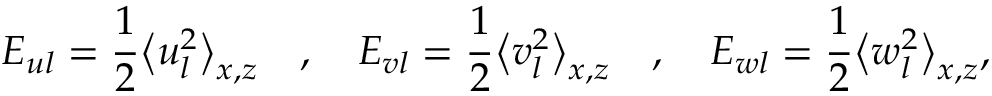
E _ { u l } = \frac { 1 } { 2 } \big \langle u _ { l } ^ { 2 } \big \rangle _ { x , z } \quad , \quad E _ { v l } = \frac { 1 } { 2 } \big \langle v _ { l } ^ { 2 } \big \rangle _ { x , z } \quad , \quad E _ { w l } = \frac { 1 } { 2 } \big \langle w _ { l } ^ { 2 } \big \rangle _ { x , z } ,